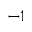
^ { - 1 }